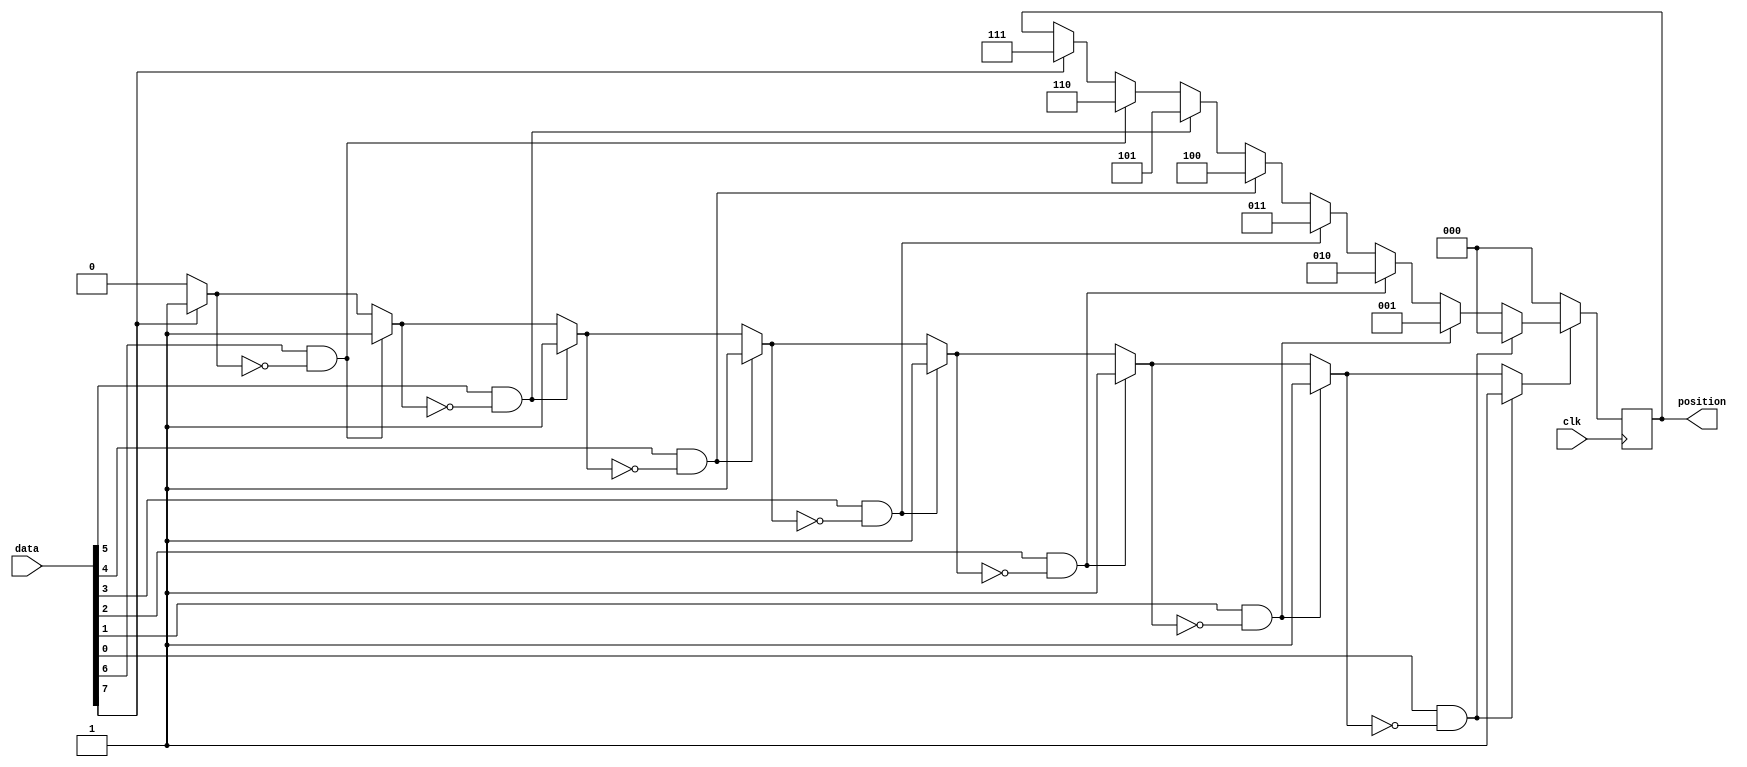
//  ,         .
//    8b00100100,   3d5.

// ) ,      
//     (     32  64
// ).    .

// )  ,        .


module bit #(parameter N = 8) (
    input clk,
    input [N-1:0] data,
    output reg [$clog2(N)-1:0] position
);

    integer i;
    reg state;

    initial begin
        position = 0;
        i = 0;
        state = 0;
    end

    always @(posedge clk) begin
        for (i = N-1; i >= 0; i = i - 1) begin
            if ((data[i] == 1) && (state == 0)) begin
                position = i;
                state = 1;
            end
        end
        if (state == 0) begin
            position = 0;
        end
        state <= 0; 
    end

endmodule